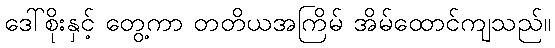
ဒေါ်စိုးနှင့် တွေ့ကာ တတိယအကြိမ် အိမ်ထောင်ကျသည်။